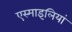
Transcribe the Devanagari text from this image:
एस्माइलियां